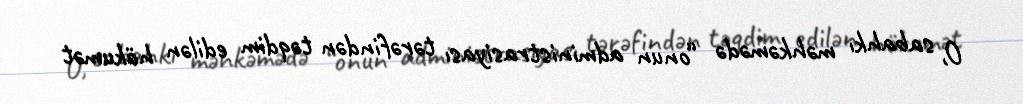
O, sabahkı məhkəmədə “onun administrasiyası tərəfindən təqdim edilən hökumət